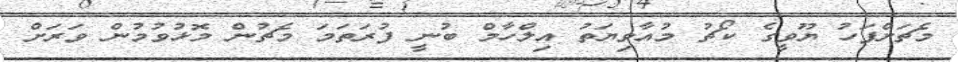
މެޗަށްފަހު ޔޫވީގެ ކޯޗު މުއާވިޔަތު އިލްހާމް ބުނީ ފުރަތަމަ މެޗުން މޮޅުވުމުން ވަރަށް